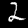
Digit: 2